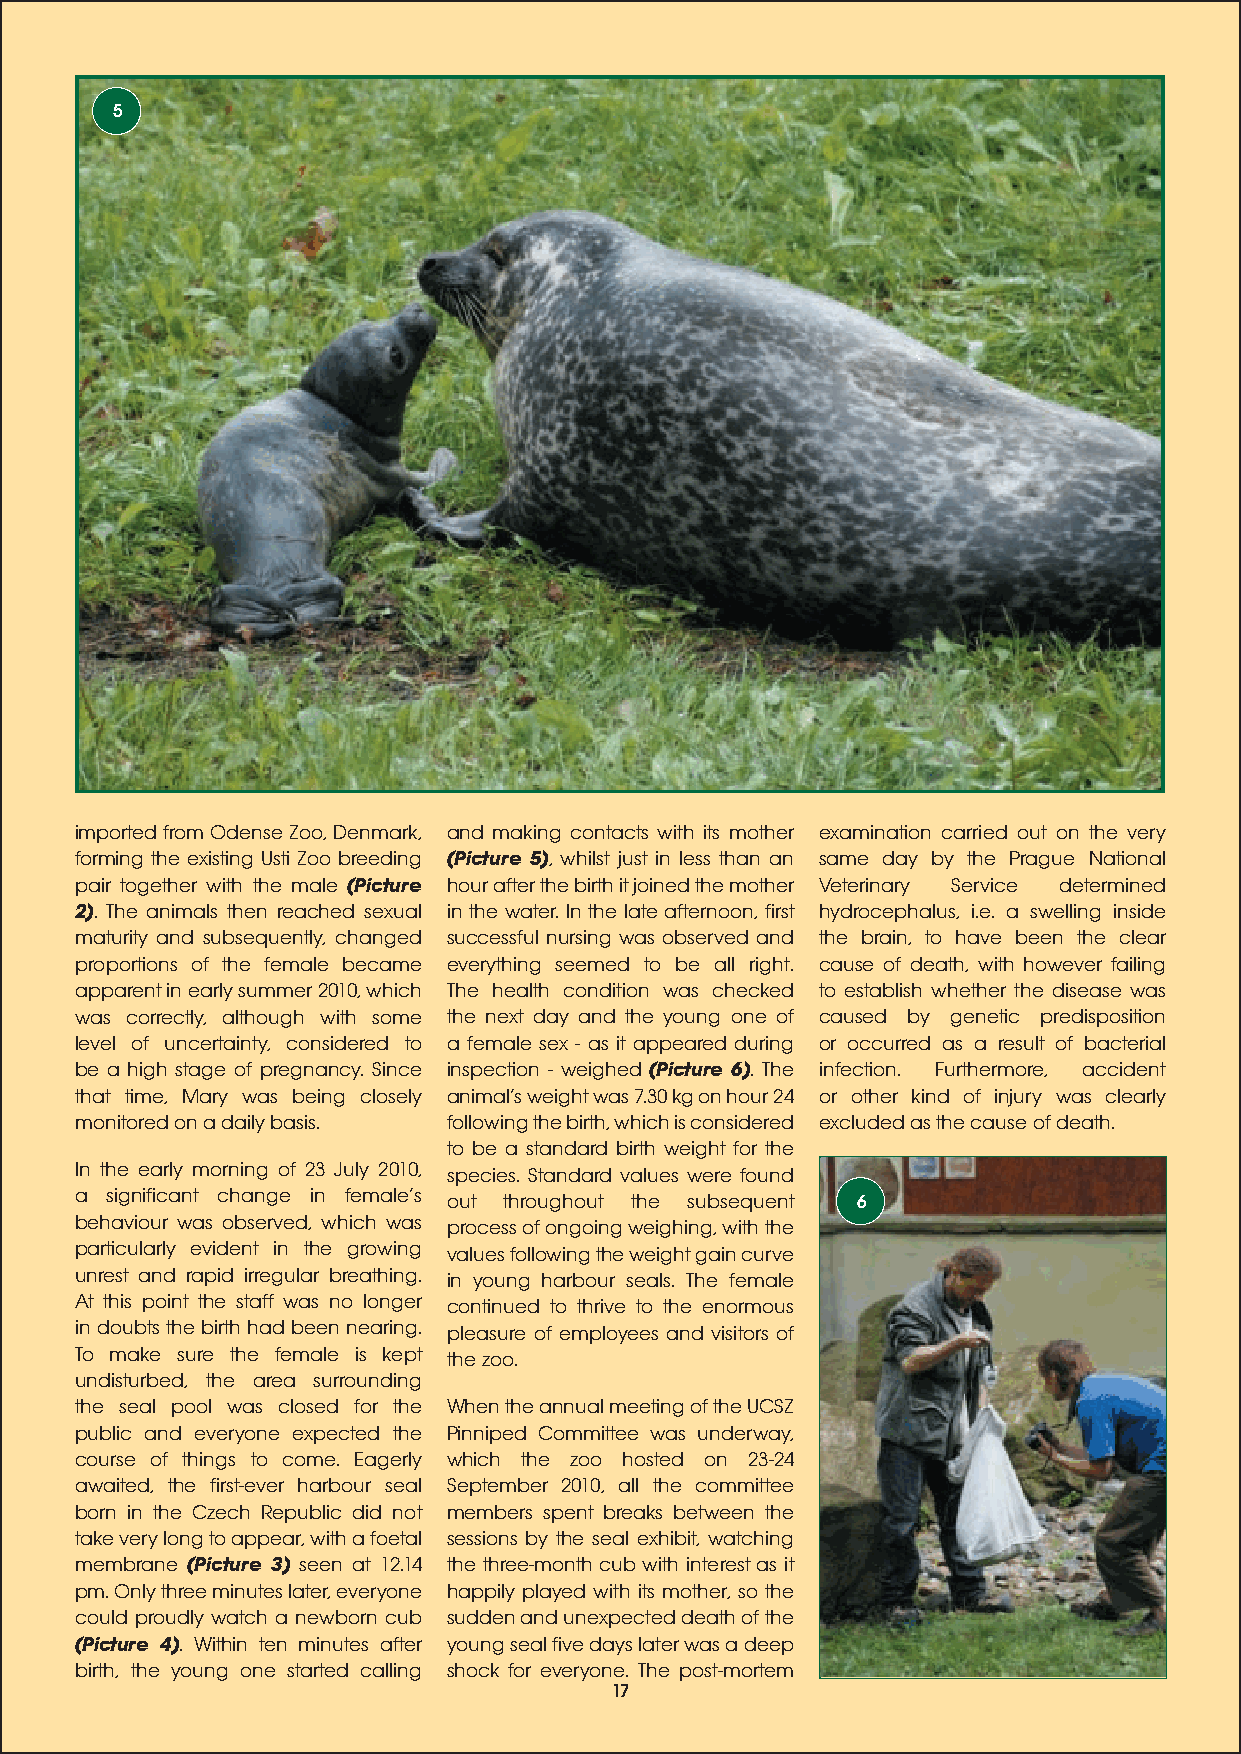
5
 imported from Odense Zoo, Denmark, and making contacts with its mother examination carried out on the very
 forming the existing Usti Zoo breeding (Picture 5), whilst just in less than an same day by the Prague National
 pair together with the male (Picture hour after the birth it joined the mother Veterinary Service determined
 2). The animals then reached sexual in the water. In the late afternoon, first hydrocephalus, i.e. a swelling inside
 maturity and subsequently, changed successful nursing was observed and the brain, to have been the clear
 proportions of the female became everything seemed to be all right. cause of death, with however failing
 apparent in early summer 2010, which The health condition was checked to establish whether the disease was
 was correctly, although with some the next day and the young one of caused by genetic predisposition
 level of uncertainty, considered to a female sex - as it appeared during or occurred as a result of bacterial
 be a high stage of pregnancy. Since inspection - weighed (Picture 6). The infection. Furthermore, accident
 that time, Mary was being closely animals weight was 7.30 kg on hour 24 or other kind of injury was clearly
 monitored on a daily basis. following the birth, which is considered excluded as the cause of death.
 to be a standard birth weight for the
 In the early morning of 23 July 2010, species. Standard values were found
 a significant change in females out throughout the subsequent 6
 behaviour was observed, which was process of ongoing weighing, with the
 particularly evident in the growing values following the weight gain curve
 unrest and rapid irregular breathing. in young harbour seals. The female
 At this point the staff was no longer continued to thrive to the enormous
 in doubts the birth had been nearing. pleasure of employees and visitors of
 To make sure the female is kept the zoo.
 undisturbed, the area surrounding
 the seal pool was closed for the When the annual meeting of the UCSZ
 public and everyone expected the Pinniped Committee was underway,
 course of things to come. Eagerly which the zoo hosted on 23-24
 awaited, the first-ever harbour seal September 2010, all the committee
 born in the Czech Republic did not members spent breaks between the
 take very long to appear, with a foetal sessions by the seal exhibit, watching
 membrane (Picture 3) seen at 12.14 the three-month cub with interest as it
 pm. Only three minutes later, everyone happily played with its mother, so the
 could proudly watch a newborn cub sudden and unexpected death of the
 (Picture 4). Within ten minutes after young seal five days later was a deep
 birth, the young one started calling shock for everyone. The post-mortem
 17